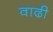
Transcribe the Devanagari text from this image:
वाढी